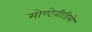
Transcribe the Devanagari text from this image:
मोण्टेवीडियो